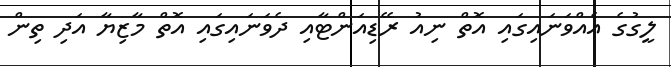
ލީގުގެ އެއްވަނައިގައި އޮތް ނިއު ރޭޑިއަންޓާއި ދެވަނައިގައި އޮތް މާޒިޔާ އަދި ތިން